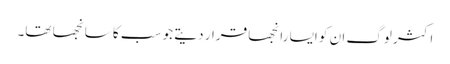
اکثر لوگ ان کو ایسا رانجھا قرار دیتے جو سب کا سانجھا تھا۔